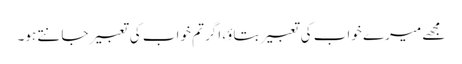
مجھے میرے خواب کی تعبیر بتاؤ، اگر تم خواب کی تعبیر جانتے ہو۔